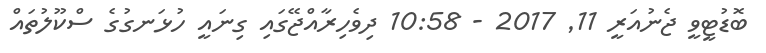
ބޮޑުޓީވީ ޖެނުއަރީ 11